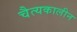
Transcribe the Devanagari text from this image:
चैत्यकालीन